Document type: Emphyteutic lease
Year: 1333
Scribe: Berenguer Simó
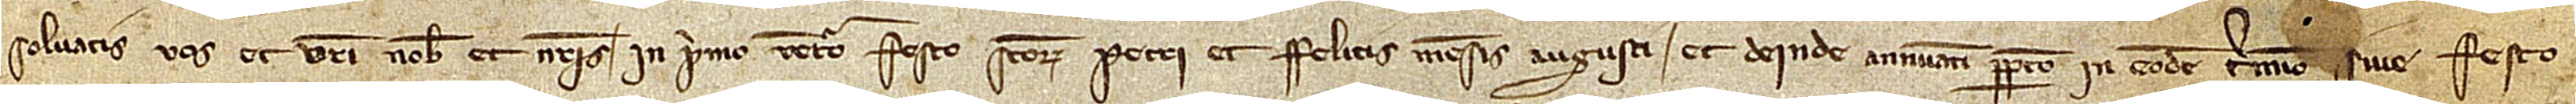
solvatis vos et vestri nobis et nostris in primo venturo festo Sanctorum Petri et Felicis mensis augusti et deinde annuatim perpetuo in eodem termino sive festo